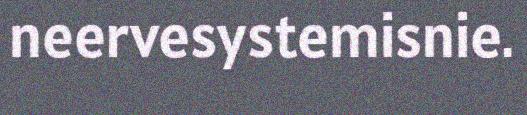
neervesystemisnie.